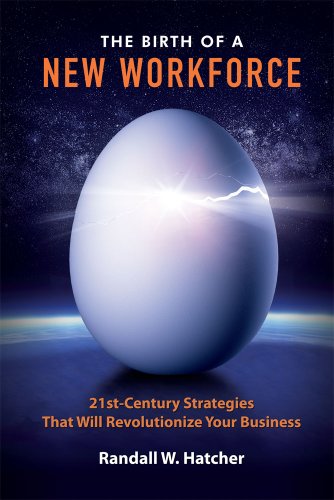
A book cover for The Birth of a New Workforce: 21st-Century Strategies That Will Revolutionize Your Business; Randall W. Hatcher; Business & Money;